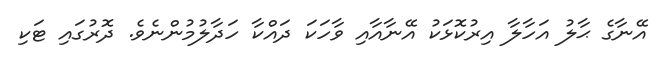
އޭނާގެ ޙާލު އަހާލާ އިރުކޮޅަކު އޭނާއާއި ވާހަކަ ދައްކާ ހަދާލުމުންނެވެ. ދޮރުގައި ޓަކި